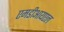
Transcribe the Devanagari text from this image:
एमडीआयएल